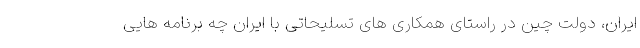
ایران، دولت چین در راستای همکاری های تسلیحاتی با ایران چه برنامه هایی